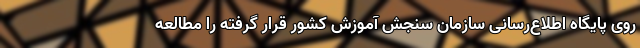
روی پایگاه اطلاع‌رسانی سازمان سنجش آموزش کشور قرار گرفته را مطالعه